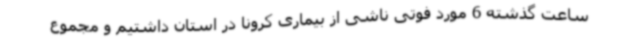
ساعت گذشته 6 مورد فوتی ناشی از بیماری کرونا در استان داشتیم و مجموع